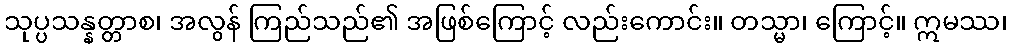
သုပ္ပသန္နတ္တာစ၊ အလွန် ကြည်သည်၏ အဖြစ်ကြောင့် လည်းကောင်း။ တသ္မာ၊ ကြောင့်။ ဣမဿ၊